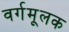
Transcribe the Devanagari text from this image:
वर्गमूलक